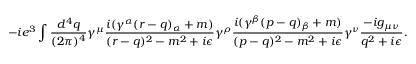
- i e ^ { 3 } \int { \frac { d ^ { 4 } q } { ( 2 \pi ) ^ { 4 } } } \gamma ^ { \mu } { \frac { i ( \gamma ^ { \alpha } ( r - q ) _ { \alpha } + m ) } { ( r - q ) ^ { 2 } - m ^ { 2 } + i \epsilon } } \gamma ^ { \rho } { \frac { i ( \gamma ^ { \beta } ( p - q ) _ { \beta } + m ) } { ( p - q ) ^ { 2 } - m ^ { 2 } + i \epsilon } } \gamma ^ { \nu } { \frac { - i g _ { \mu \nu } } { q ^ { 2 } + i \epsilon } } .